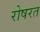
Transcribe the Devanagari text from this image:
रोषरत